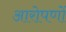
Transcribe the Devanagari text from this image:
आरोपणों